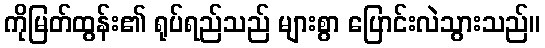
ကိုမြတ်ထွန်း၏ ရုပ်ရည်သည် များစွာ ပြောင်းလဲသွားသည်။